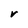
Character: r